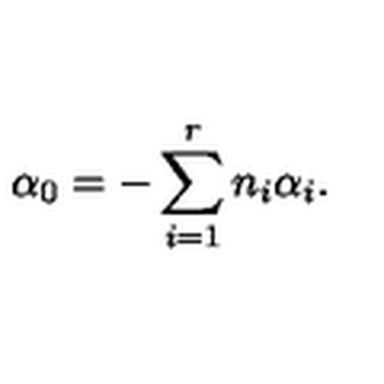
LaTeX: \alpha _ { 0 } = - \sum _ { i = 1 } ^ { r } n _ { i } \alpha _ { i } .